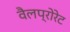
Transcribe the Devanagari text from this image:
वैलप्रोरेट